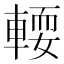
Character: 𨍥